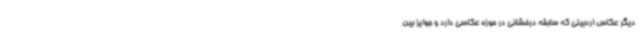
دیگر عکاس اردبیلی که سابقه درخشانی در حوزه عکاسی دارد و جوایز بین